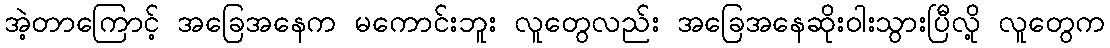
အဲ့တာကြောင့် အခြေအနေက မကောင်းဘူး လူတွေလည်း အခြေအနေဆိုးဝါးသွားပြီလို့ လူတွေက